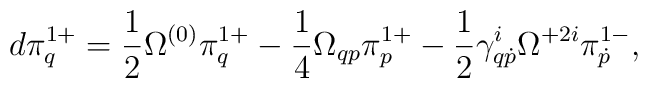
d\pi^{1+}_{q}=\frac12\Omega^{(0)}\pi^{1+}_{q}-\frac14\Omega_{qp}\pi^{1+}_p-\frac12\gamma^i_{q\dot p}\Omega^{+2i}\pi^{1-}_{\dot p},